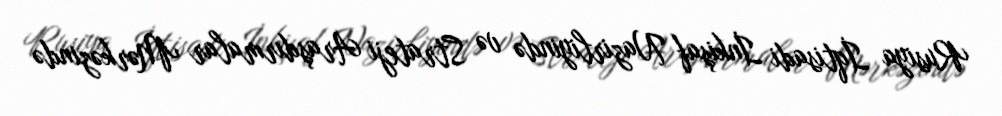
Rusiya İqtisadi İnkişaf Nazirliyində və Strateji Araşdırmalar Mərkəzində